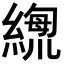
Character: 𦃫